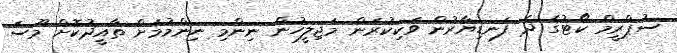
ސުޕްރީމް ކޯޓުގެ ދެ ފަނޑިޔާރުން ވަކިކުރަން މަޖިލީހުން ނިންމި ނިންމުމަށް ތާއީދުކޮށް މޫސަ